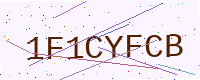
Text: 1F1CYFCB